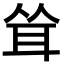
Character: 耸